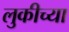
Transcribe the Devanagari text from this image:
लुकीच्या